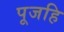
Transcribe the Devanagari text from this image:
पूजहि